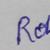
Signature authenticity: genuine